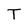
Character: T